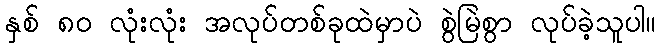
နှစ် ၈၀ လုံးလုံး အလုပ်တစ်ခုထဲမှာပဲ စွဲမြဲစွာ လုပ်ခဲ့သူပါ။